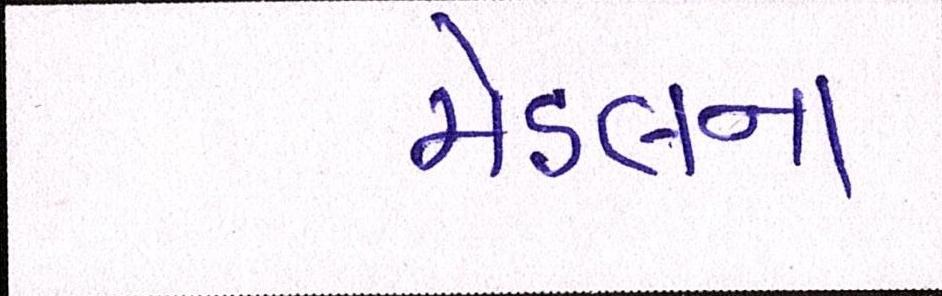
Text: મોડલના